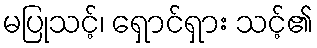
မပြုသင့်၊ ရှောင်ရှား သင့်၏